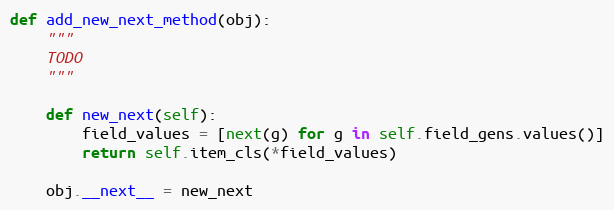
Language: Python
def add_new_next_method(obj):
    """
    TODO
    """

    def new_next(self):
        field_values = [next(g) for g in self.field_gens.values()]
        return self.item_cls(*field_values)

    obj.__next__ = new_next